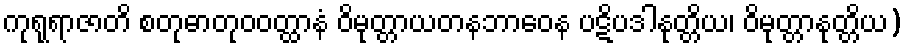
ကုရုရာဇာတိ စတုဓာတုဝဝတ္ထာနံ ဝိမုတ္တာယတနဘာဝေန ပဋိပဒါနုတ္တိယ၊ ဝိမုတ္တာနုတ္တိယ)